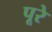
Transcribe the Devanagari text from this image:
पूरे